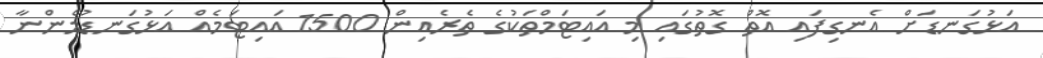
އަޅުގަނޑަށް އެނގިފައި އޮތް ގޮތުގައި މި އައިޓަމްތަކުގެ ތެރެއިން 1500 އައިޓަމެއް އަޅުގަނޑުމެންނާ